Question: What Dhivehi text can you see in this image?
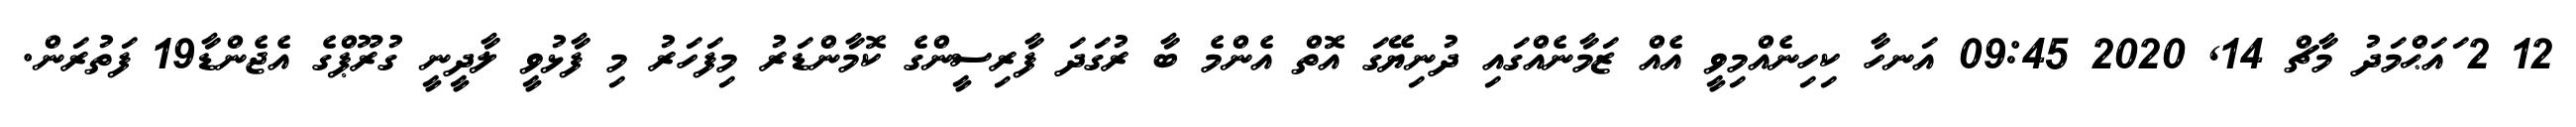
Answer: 12 2 ައަޙްމަދު މާޗް 14, 2020 09:45 އަނހާ ކިހިނެއްމިވީ އެއް ޒަމާނެއްގައި ދުނިޔޭގަ އޮތް އެންމެ ބާ ރުގަދަ ފާރިސީންގެ ކޮމާންޑަރު މިފަހަރު މި ފާޅުވީ ލާދީނީ ގުރޫޕްގެ އެޖެންޑާ19 ފަތުރަން.